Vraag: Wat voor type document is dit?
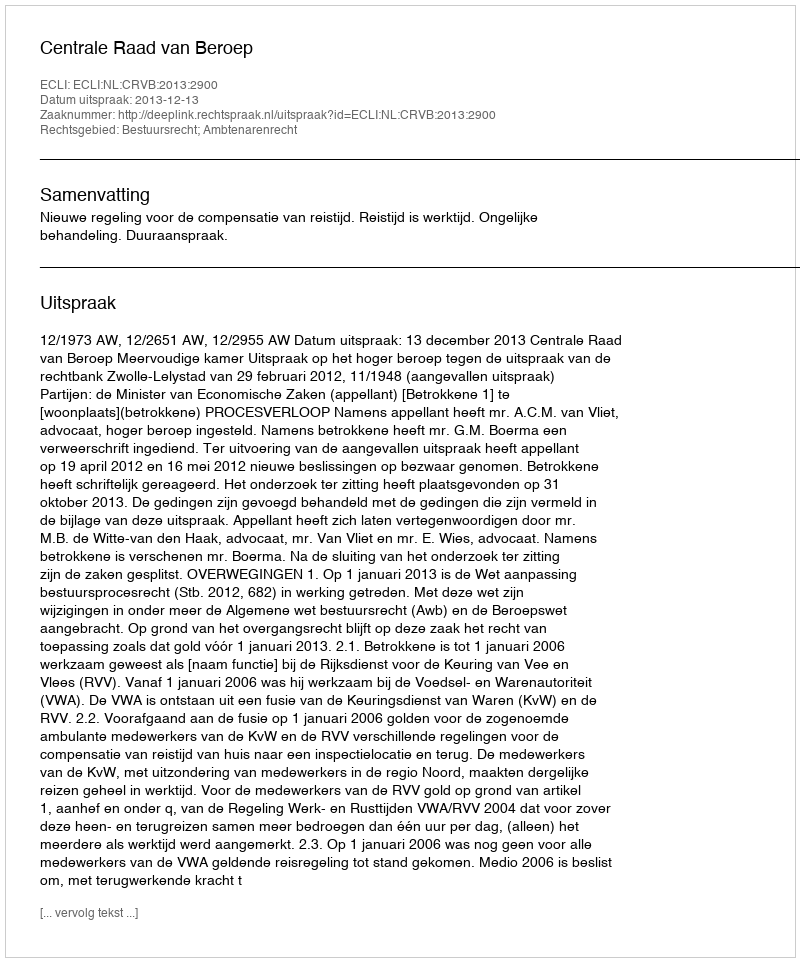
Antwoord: Uitspraak